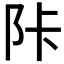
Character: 𲉋